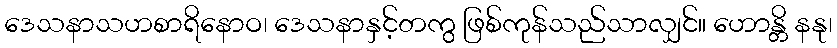
ဒေသနာသဟစာရိနောဝ၊ ဒေသနာနှင့်တကွ ဖြစ်ကုန်သည်သာလျှင်။ ဟောန္တိ နနု၊